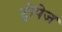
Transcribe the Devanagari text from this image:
ट्रोपेज